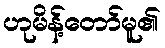
ဟုမိန့်တော်မူ၏